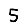
Digit: 5